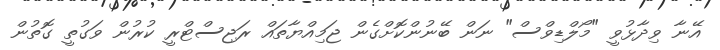
އޭނާ ވިދާޅުވީ "މޯލްޑިވްސް" ނަން ބޭނުންކޮށްގެން ޖަމިއްޔާތައް ރަޖިސްޓްރީ ކުރުން ވަގުތީ ގޮތުން